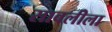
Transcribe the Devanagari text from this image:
सावलीला